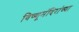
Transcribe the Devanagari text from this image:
विष्णूमंदिरांच्या